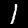
Label: 1